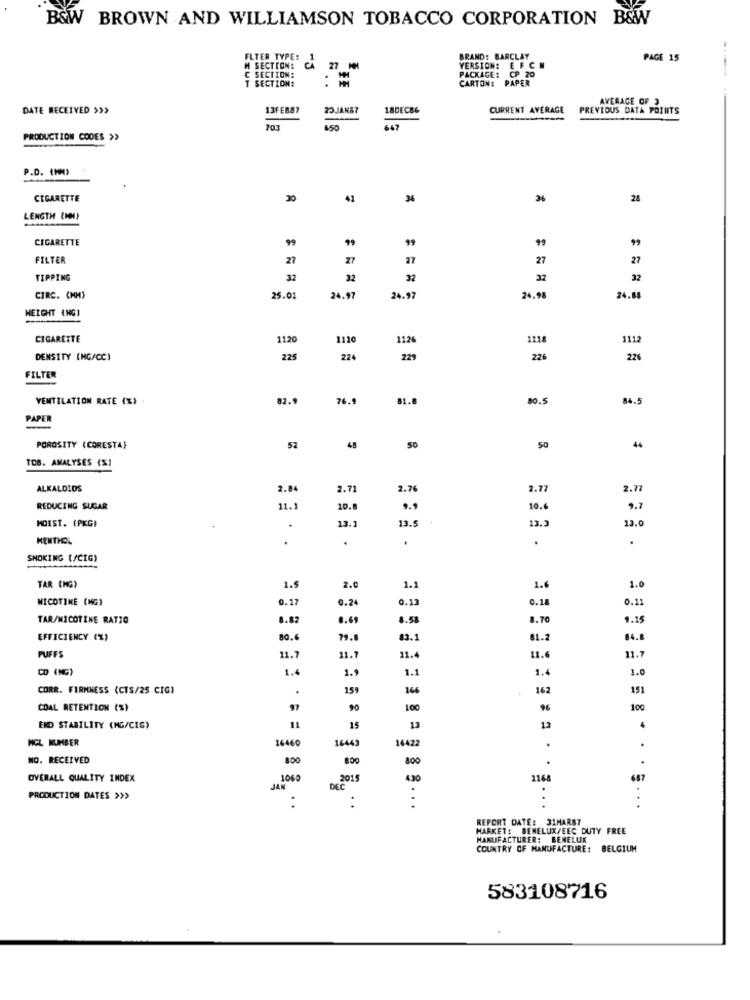
B&W BROWN AND WILLIAMSON TOBACCO CORPORATION B&W
FLYER TYPE:
BRAND: BARCLAY
PAGE 15
M SECTION:
27 MM
VERSION: E FCH
T SECTION:
C SECTION:
PACKAGE: CP 20
CARTONI PAPER
AVERAGE OF 3
DATE RECEIVED >>>
13FEB87
23JAN67
18DEC86
CURRENT AVERAGE
PREVIOUS DATA POINTS
650
PRODUCTION CODES >>
P.D. (PM)
OC
CIGARETTE
41
36
36
24
LENGTH (IN)
CIGARETTE
99
FILTER
27
27
27
27
TIPPING
32
32
32
32
32
CIRC. (MM)
25.01
24.97
24.97
24.98
24.88
HEIGHT (HG)
-
CIGARETTE
1120
1110
1126
1218
1112
DENSITY (NG/CC)
225
224
229
226
226
FILTER
VENTILATION RATE (%) -
82.
76.
81.8
0.5
84.5
PAPER
POROSITY (CORESTA)
52
48
50
44
TOB. AMALYSES (%)
ALKALOIDS
2.84
2.71
2.76
2.77
2.7
REDUCING SUGAR
11.1
10.
9.9
10.6
9.7
MOIST. (PKGI
13.2
13.5
13.3
13.0
MENTHOL
.
.
.
SMOKING (/CIG)
1.0
TAR (HG)
1.5
2.0
1.1
1.6
NICOTINE (MG)
0.17
0.24
0.13
0.18
0.11
TAR/NICOTINE RATIO
8.82
6.69
8.58
8.70
9.15
EFFICIENCY (%)
80.
79.8
83.1
81.2
84.8
PUFFS
11.4
11.7
11.7
11.7
11.6
CD (NG)
1.4
1.9
1.1
1.4
1.0
CORR. FIRMNESS (CTS/25 CIG)
.
159
166
162
151
COAL RETENTION (%)
97
90
100
96
100
13
END STABILITY (MG/CIG)
11
15
13
MCL NUMBER
16460
16443
16422
.
NO. RECEIVED
8.00
800
.
OVERALL QUALITY INDEX
1060
2015
430
1168
JAN
DEC
PRODUCTION DATES >>>
:
.
. .
. .
REPORT DATE: 31MARS7
HARKET: BENELUX/EEC DUTY FREE
MANUFACTURER: BENELUX
COUNTRY OF MANUFACTURE: BELGIUM
583108716